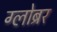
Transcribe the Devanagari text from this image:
ग्लोब्रर